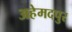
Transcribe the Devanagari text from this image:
अहेमदपुर